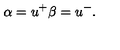
\alpha = u ^ { + } \beta = u ^ { - } .